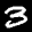
Label: 3